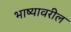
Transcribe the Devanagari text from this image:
भाष्यावरील